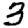
Digit: 3